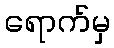
ရောက်မှ